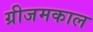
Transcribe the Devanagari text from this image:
ग्रीजमकाल